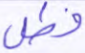
فطل